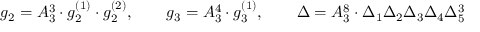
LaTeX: g _ { 2 } = A _ { 3 } ^ { 3 } \cdot g _ { 2 } ^ { ( 1 ) } \cdot g _ { 2 } ^ { ( 2 ) } , \qquad g _ { 3 } = A _ { 3 } ^ { 4 } \cdot g _ { 3 } ^ { ( 1 ) } , \qquad \Delta = A _ { 3 } ^ { 8 } \cdot \Delta _ { 1 } \Delta _ { 2 } \Delta _ { 3 } \Delta _ { 4 } \Delta _ { 5 } ^ { 3 }